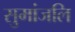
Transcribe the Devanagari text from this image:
सुमांजलि